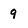
Character: 9